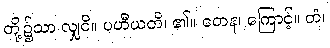
တို့၌သာ လျှငိ။ ပဟီယတိ၊ ၏။ တေန၊ ကြောင့်။ တံ၊